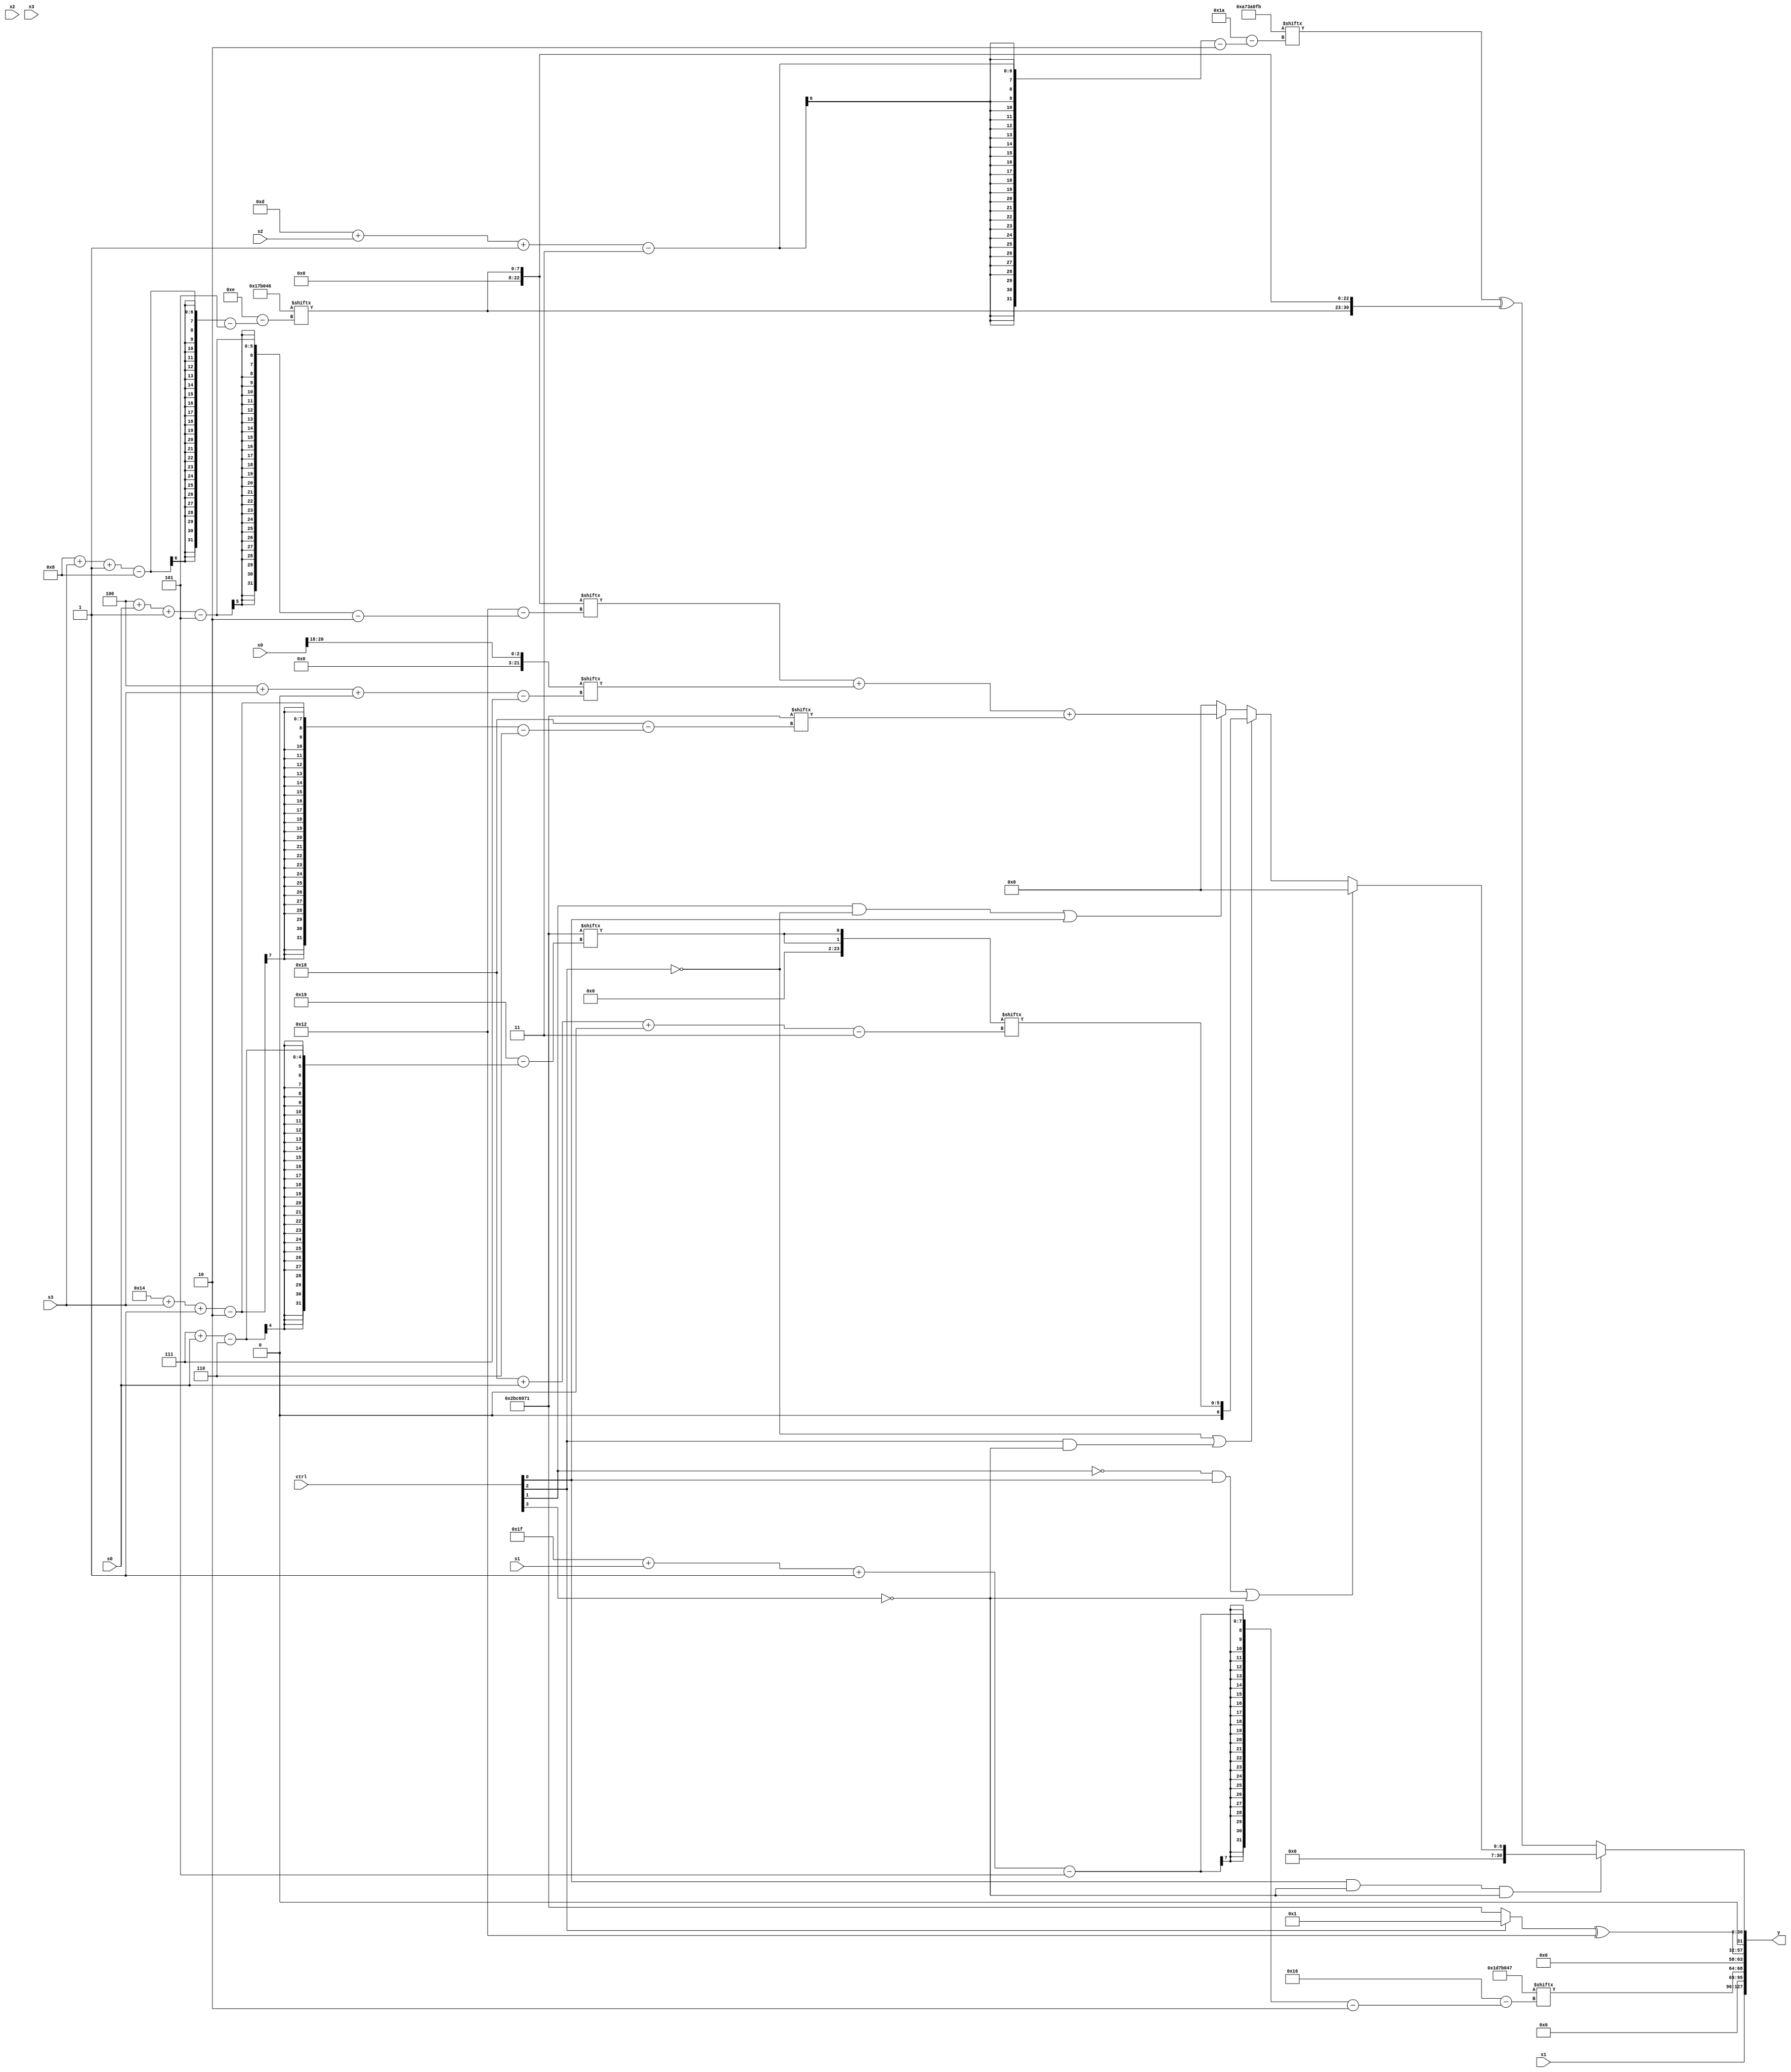
module partsel_00424(ctrl, s0, s1, s2, s3, x0, x1, x2, x3, y);
  input [3:0] ctrl;
  input [2:0] s0;
  input [2:0] s1;
  input [2:0] s2;
  input [2:0] s3;
  input signed [31:0] x0;
  input [31:0] x1;
  input signed [31:0] x2;
  input signed [31:0] x3;
  wire signed [24:4] x4;
  wire [2:24] x5;
  wire signed [2:25] x6;
  wire signed [28:7] x7;
  wire signed [24:1] x8;
  wire [2:24] x9;
  wire [26:3] x10;
  wire [31:0] x11;
  wire [2:28] x12;
  wire signed [3:27] x13;
  wire [29:2] x14;
  wire [30:4] x15;
  output [127:0] y;
  wire signed [31:0] y0;
  wire [31:0] y1;
  wire signed [31:0] y2;
  wire [31:0] y3;
  assign y = {y0,y1,y2,y3};
  localparam [6:31] p0 = 985423985;
  localparam [2:30] p1 = 712220923;
  localparam signed [5:26] p2 = 110604358;
  localparam [28:0] p3 = 895369726;
  assign x4 = (!ctrl[2] || !ctrl[1] && !ctrl[1] ? (ctrl[0] || ctrl[2] && ctrl[2] ? ({x2[14 +: 4], x2[19 +: 4]} + (!ctrl[0] && !ctrl[3] && !ctrl[3] ? (x1 + p0[4 + s2]) : p2)) : (!ctrl[2] || ctrl[3] || !ctrl[1] ? (x3[8 +: 1] | p0[8]) : (ctrl[1] && !ctrl[0] && !ctrl[1] ? (p1[21 + s0 +: 5] | x2[20 + s1 +: 5]) : x1))) : p0[18 + s1 +: 3]);
  assign x5 = p2[8 + s3 -: 8];
  assign x6 = {(ctrl[2] || !ctrl[1] && ctrl[2] ? (x4[14 + s1 +: 7] - (x0[9 + s0] | {2{x5[9 +: 2]}})) : (p1 ^ (x3[13 + s0] | {2{x4[17 +: 1]}}))), (p1[27 + s0 -: 6] | {p2[14 + s1], p0})};
  assign x7 = x0[20 -: 3];
  assign x8 = {2{x2[6 + s2 -: 4]}};
  assign x9 = x5[4 + s0 -: 5];
  assign x10 = {2{p0[7 + s0]}};
  assign x11 = ((!ctrl[1] || ctrl[2] && ctrl[0] ? (p1 ^ {2{{x2[18 +: 1], p2}}}) : (!ctrl[0] || !ctrl[3] && !ctrl[1] ? (!ctrl[0] || ctrl[2] || !ctrl[0] ? x9 : {2{p0[19 + s3]}}) : {2{(x0[6 + s1 -: 1] ^ x6[10 +: 1])}})) & {2{({p1[4 + s1], p2[14 +: 1]} & p3)}});
  assign x12 = {x10[31 + s2 +: 2], ({2{((ctrl[3] && !ctrl[3] && ctrl[0] ? x10[9 + s1 -: 1] : p2) | p2[8])}} + {2{p3[9]}})};
  assign x13 = x12[13 + s1];
  assign x14 = p3[27 + s3 +: 1];
  assign x15 = x5[8 + s1];
  assign y0 = {2{{2{x1}}}};
  assign y1 = x12[31 + s1 -: 5];
  assign y2 = ((!ctrl[2] || !ctrl[2] && ctrl[2] ? p0 : p0[13]) ^ {p1[14 +: 1], p2[18 +: 4]});
  assign y3 = (ctrl[0] && !ctrl[3] && !ctrl[3] ? (!ctrl[1] && ctrl[0] || !ctrl[3] ? x10[19 -: 1] : (!ctrl[2] || ctrl[2] && !ctrl[3] ? x10[24 + s0 +: 6] : (ctrl[1] && !ctrl[2] || ctrl[0] ? ((x9 + x7[4 + s3 +: 3]) + p0[20 + s3 -: 2]) : x14[14 -: 1]))) : (p1[13 + s2 -: 3] ^ {2{x5}}));
endmodule